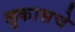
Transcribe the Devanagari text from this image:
लुकासचे